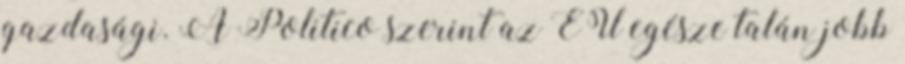
gazdasági. A Politico szerint az EU egésze talán jobb